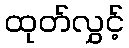
ထုတ်လွှင့်